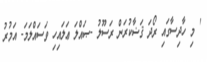
' މި ހާދިސާގައި ރޯދަ ޤަޟާކުރަން ރަސޫލު -ޞައްލަ ޢަލައިހި ވަސައްލަމަ- އަމުރު